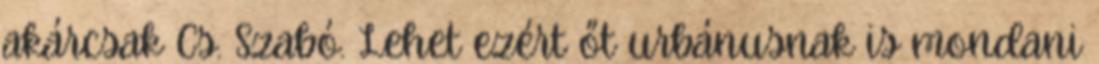
akárcsak Cs. Szabó. Lehet ezért őt urbánusnak is mondani